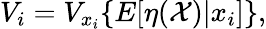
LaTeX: V_{i}=V_{x_{i}}\{ E[\eta(\mathcal{X})\vert x_{i}]\} ,